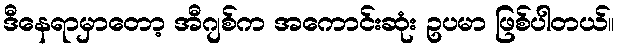
ဒီနေရာမှာတော့ အီဂျစ်က အကောင်းဆုံး ဥပမာ ဖြစ်ပါတယ်။